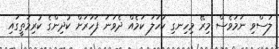
ލަސްވި ނަމަވެސް މިރޭ މިހިނގި ކަހަލަ ކަމެއް ދެވަނަ ފަހަރަށް ކުދިންގެ ކުރިމަތީގައި